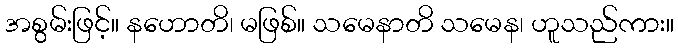
အစွမ်းဖြင့်။ နဟောတိ၊ မဖြစ်။ သမေနာတိ သမေန၊ ဟူသည်ကား။